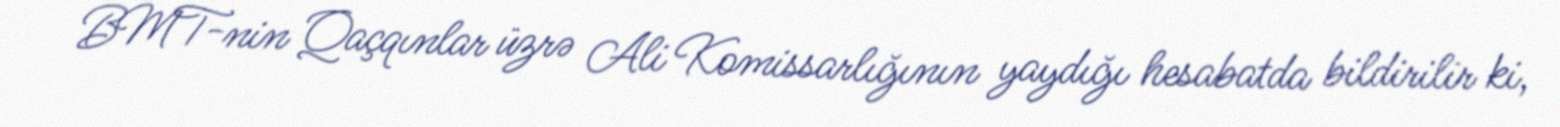
BMT-nin Qaçqınlar üzrə Ali Komissarlığının yaydığı hesabatda bildirilir ki,